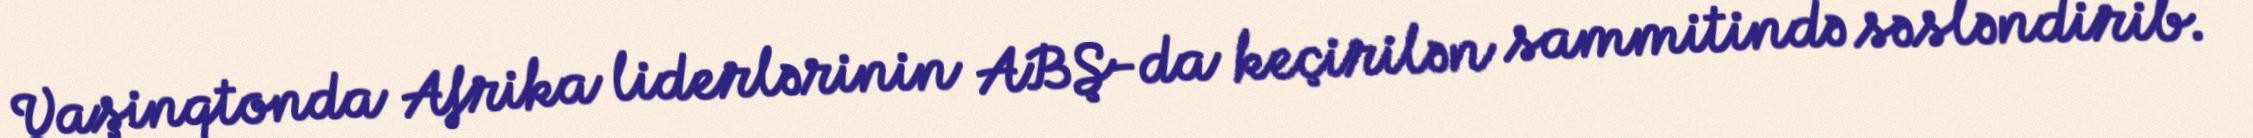
Vaşinqtonda Afrika liderlərinin ABŞ-da keçirilən sammitində səsləndirib.